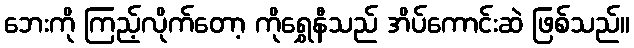
ဘေးကို ကြည့်လိုက်တော့ ကိုရွှေနီသည် အိပ်ကောင်းဆဲ ဖြစ်သည်။